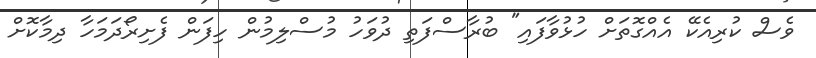
ވެސް ކުރިއެކޭ އެއްގޮތަށް ހުޅުވާފައި" ބުރާސްފަތި ދުވަހު މުސްލިމުން ހިފަން ފެށިރޯދަމަހާ ދިމާކޮށް